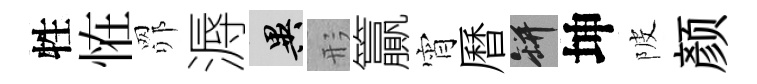
牲恠𦊑溽异形籯宵曆瓶坤陂颜